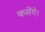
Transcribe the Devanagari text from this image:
कसेंगे।